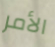
الأمر